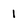
Character: 1